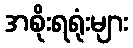
အစိုးရရုံးများ